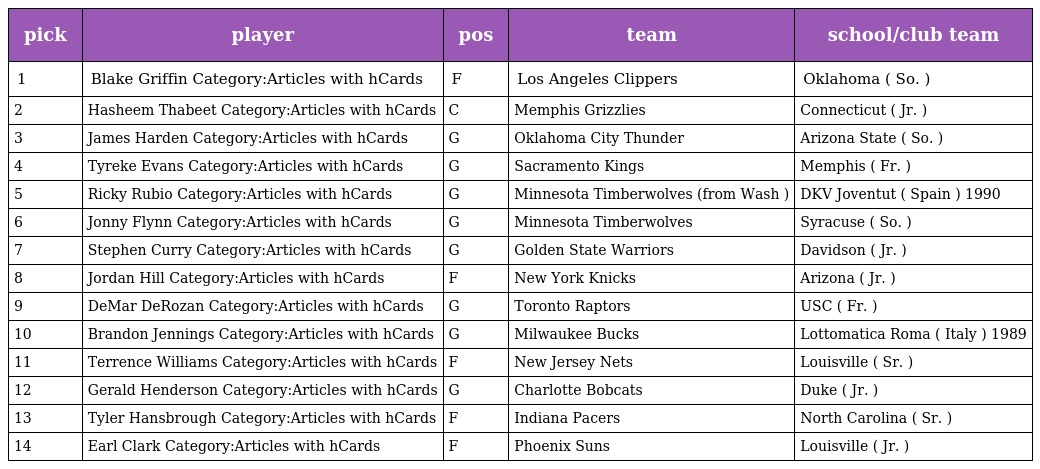
| pick | player | pos | team | school/club team |
 | --- | --- | --- | --- | --- |
 | 1 | Blake Griffin Category:Articles with hCards | F | Los Angeles Clippers | Oklahoma ( So. ) |
 | 2 | Hasheem Thabeet Category:Articles with hCards | C | Memphis Grizzlies | Connecticut ( Jr. ) |
 | 3 | James Harden Category:Articles with hCards | G | Oklahoma City Thunder | Arizona State ( So. ) |
 | 4 | Tyreke Evans Category:Articles with hCards | G | Sacramento Kings | Memphis ( Fr. ) |
 | 5 | Ricky Rubio Category:Articles with hCards | G | Minnesota Timberwolves (from Wash ) | DKV Joventut ( Spain ) 1990 |
 | 6 | Jonny Flynn Category:Articles with hCards | G | Minnesota Timberwolves | Syracuse ( So. ) |
 | 7 | Stephen Curry Category:Articles with hCards | G | Golden State Warriors | Davidson ( Jr. ) |
 | 8 | Jordan Hill Category:Articles with hCards | F | New York Knicks | Arizona ( Jr. ) |
 | 9 | DeMar DeRozan Category:Articles with hCards | G | Toronto Raptors | USC ( Fr. ) |
 | 10 | Brandon Jennings Category:Articles with hCards | G | Milwaukee Bucks | Lottomatica Roma ( Italy ) 1989 |
 | 11 | Terrence Williams Category:Articles with hCards | F | New Jersey Nets | Louisville ( Sr. ) |
 | 12 | Gerald Henderson Category:Articles with hCards | G | Charlotte Bobcats | Duke ( Jr. ) |
 | 13 | Tyler Hansbrough Category:Articles with hCards | F | Indiana Pacers | North Carolina ( Sr. ) |
 | 14 | Earl Clark Category:Articles with hCards | F | Phoenix Suns | Louisville ( Jr. ) |